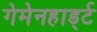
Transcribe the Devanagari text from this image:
गेमेनहार्ड्ट